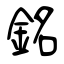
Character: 銘